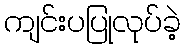
ကျင်းပပြုလုပ်ခဲ့